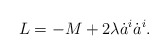
\begin{align*}L = -M + 2\lambda \dot{a}^i\dot{a}^i.\end{align*}